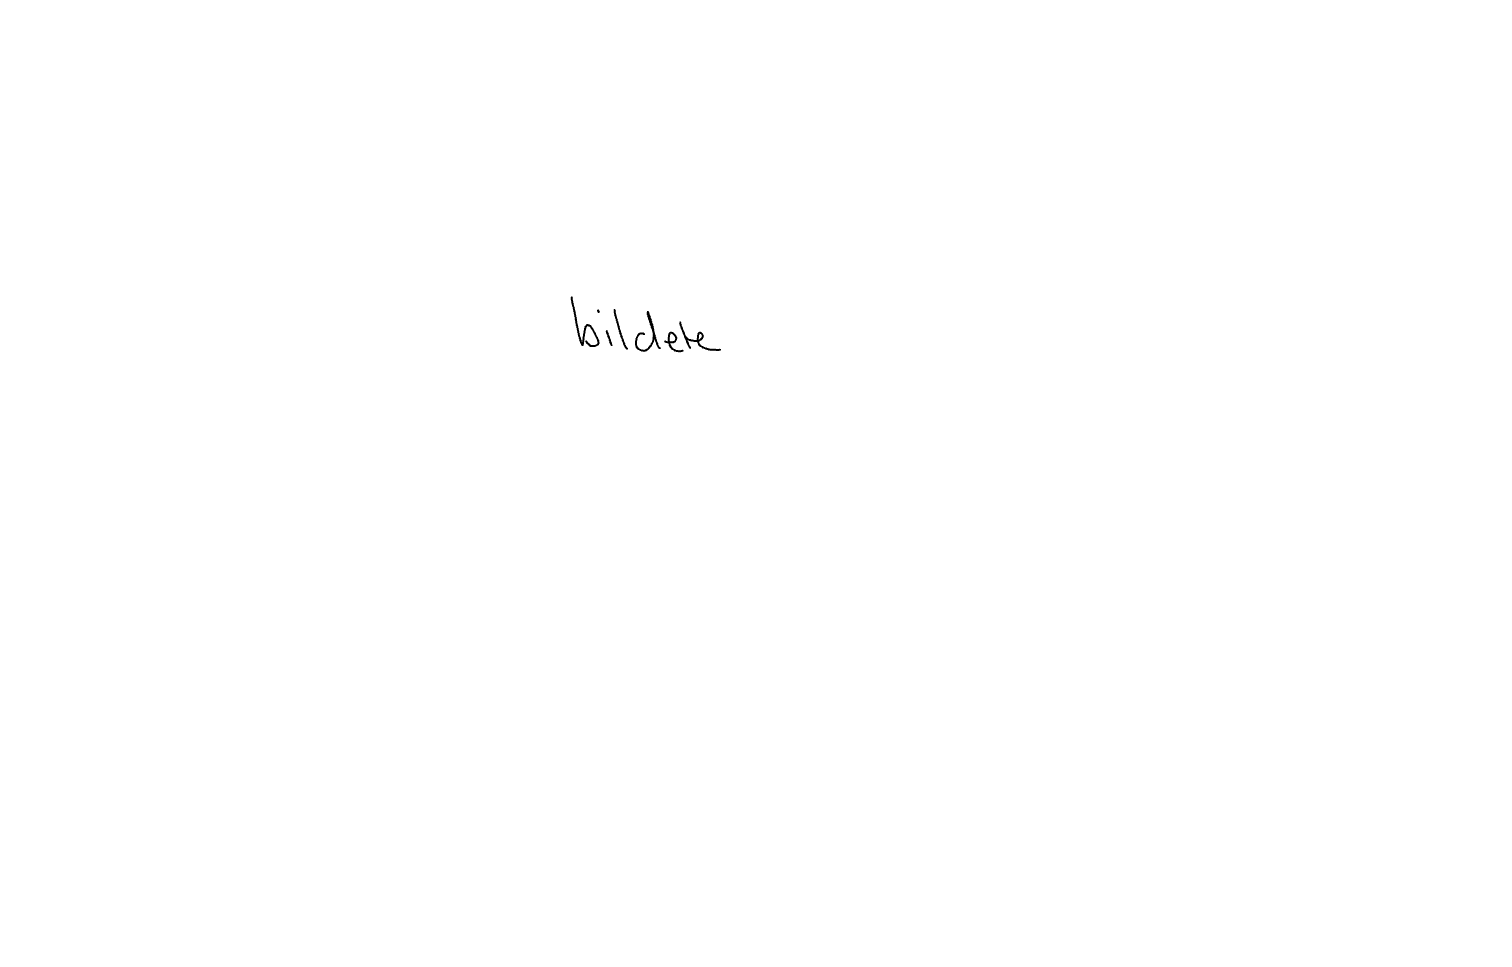
Text: bildete